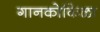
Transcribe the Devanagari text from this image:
गानकोकिळा